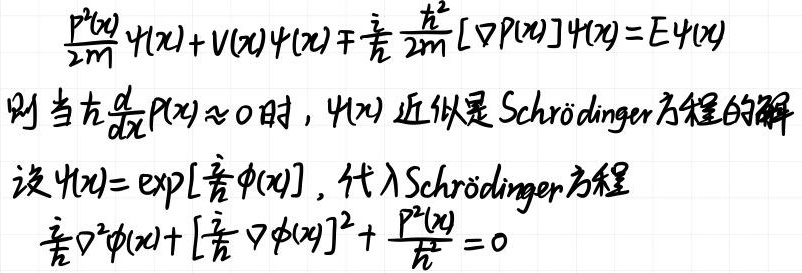
则当\(\hbar\frac{d}{dx}p(x)\approx0\)时，\(\psi(x)\)近似是Schrödinger方程的解。设\(\psi(x)=\exp[\frac{i}{\hbar}\phi(x)]\)，代入Schrödinger方程
\[\frac{p^{2}(x)}{2m}\psi(x)+V(x)\psi(x)\mp\frac{i}{\hbar}\frac{\hbar^{2}}{2m}[\nabla p(x)]\psi(x)=E\psi(x)\]
\[\frac{i}{\hbar}\nabla^{2}\phi(x)+\left[\frac{i}{\hbar}\nabla\phi(x)\right]^{2}+\frac{p^{2}(x)}{\hbar^{2}} = 0\]